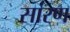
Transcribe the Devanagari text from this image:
सांरण